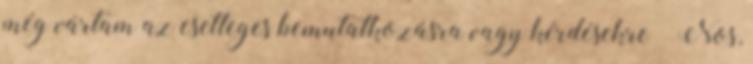
még vártam az esetleges bemutatkozásra vagy kérdésekre – Nos,